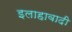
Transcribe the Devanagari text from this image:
इलाहावादी